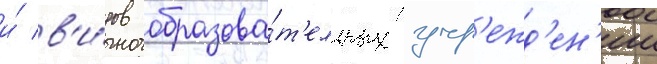
и́ в'и́дов образова́т'ельных учр'ежд'ен'ии